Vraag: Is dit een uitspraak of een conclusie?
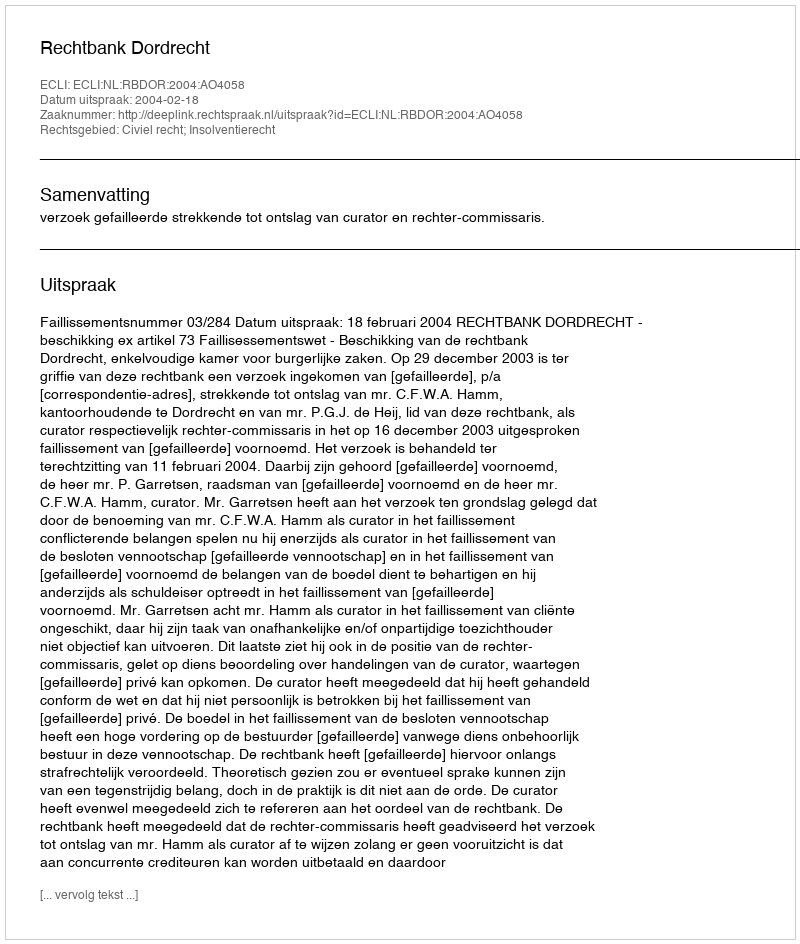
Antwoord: Uitspraak